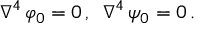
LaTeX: { \nabla } ^ { 4 } \, \varphi _ { 0 } = 0 \, , \, \, \, { \nabla } ^ { 4 } \, \psi _ { 0 } = 0 \, .